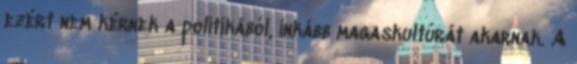
ezért nem kérnek a politikából, inkább magaskultúrát akarnak. A